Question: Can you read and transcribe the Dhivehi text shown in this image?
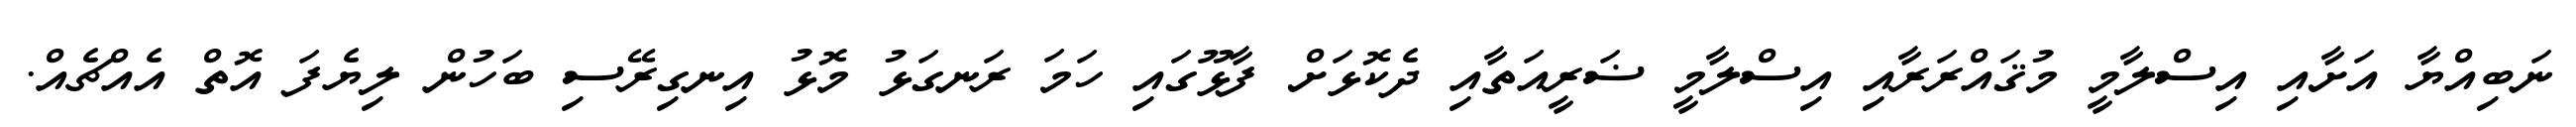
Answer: ނަބިއްޔާ އަށާއި އިސްލާމީ މުޤައްރަރާއި އިސްލާމީ ޟަރީއަތާއި ދެކޮޅަށް ފާޅޫގައި ހަމަ ރަނގަޅު މޮޅު އިނގިރޭސި ބަހުން ލިޔެފަ އޮތް އެއްޗެއް.